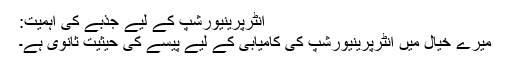
انٹرپرینیورشپ کے لیے جذبے کی اہمیت:
میرے خیال میں انٹرپرینیورشپ کی کامیابی کے لیے پیسے کی حیثیت ثانوی ہے۔